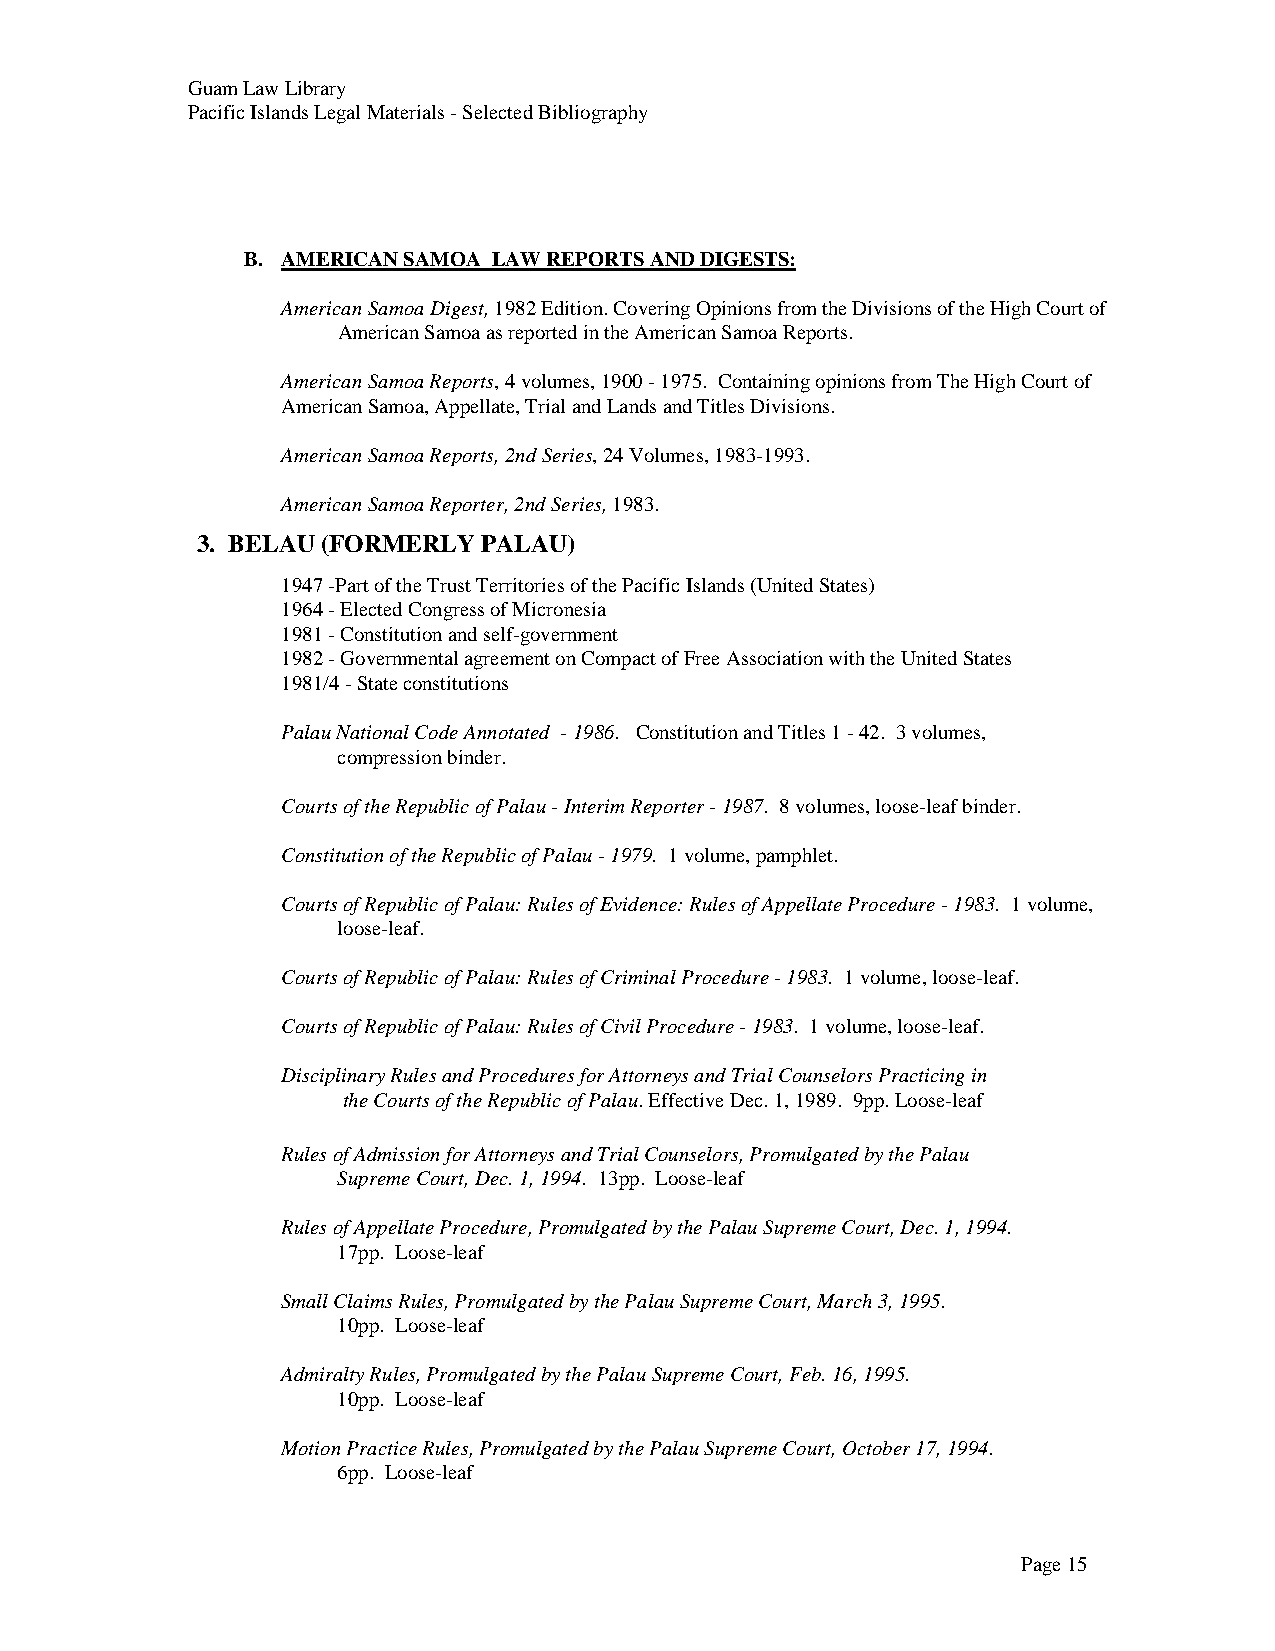
Guam Law Library
 Pacific Islands Legal Materials - Selected Bibliography
 B. AMERICAN SAMOA LAW REPORTS AND DIGESTS:
 American Samoa Digest, 1982 Edition. Covering Opinions from the Divisions of the High Court of
 American Samoa as reported in the American Samoa Reports.
 American Samoa Reports, 4 volumes, 1900 - 1975. Containing opinions from The High Court of
 American Samoa, Appellate, Trial and Lands and Titles Divisions.
 American Samoa Reports, 2nd Series, 24 Volumes, 1983-1993.
 American Samoa Reporter, 2nd Series, 1983.
 3. BELAU (FORMERLY PALAU)
 1947 -Part of the Trust Territories of the Pacific Islands (United States)
 1964 - Elected Congress of Micronesia
 1981 - Constitution and self-government
 1982 - Governmental agreement on Compact of Free Association with the United States
 1981/4 - State constitutions
 Palau National Code Annotated - 1986. Constitution and Titles 1 - 42. 3 volumes,
 compression binder.
 Courts of the Republic of Palau - Interim Reporter - 1987. 8 volumes, loose-leaf binder.
 Constitution of the Republic of Palau - 1979. 1 volume, pamphlet.
 Courts of Republic of Palau: Rules of Evidence: Rules of Appellate Procedure - 1983. 1 volume,
 loose-leaf.
 Courts of Republic of Palau: Rules of Criminal Procedure - 1983. 1 volume, loose-leaf.
 Courts of Republic of Palau: Rules of Civil Procedure - 1983. 1 volume, loose-leaf.
 Disciplinary Rules and Procedures for Attorneys and Trial Counselors Practicing in
 the Courts of the Republic of Palau. Effective Dec. 1, 1989. 9pp. Loose-leaf
 Rules of Admission for Attorneys and Trial Counselors, Promulgated by the Palau
 Supreme Court, Dec. 1, 1994. 13pp. Loose-leaf
 Rules of Appellate Procedure, Promulgated by the Palau Supreme Court, Dec. 1, 1994.
 17pp. Loose-leaf
 Small Claims Rules, Promulgated by the Palau Supreme Court, March 3, 1995.
 10pp. Loose-leaf
 Admiralty Rules, Promulgated by the Palau Supreme Court, Feb. 16, 1995.
 10pp. Loose-leaf
 Motion Practice Rules, Promulgated by the Palau Supreme Court, October 17, 1994.
 6pp. Loose-leaf
 Page 15